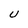
Character: U